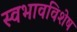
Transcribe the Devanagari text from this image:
स्वभावविशेष